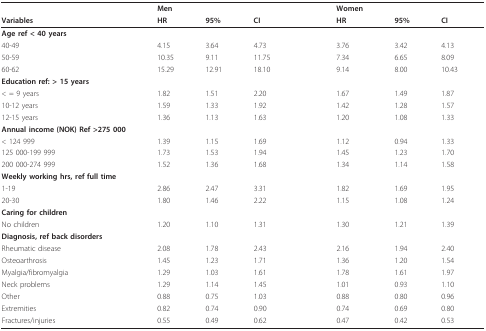
<table><thead><tr><td></td><td><b>Men</b></td><td></td><td></td><td></td><td><b>Women</b></td><td></td><td></td></tr><tr><td><b>Variables</b></td><td><b>HR</b></td><td><b>95%</b></td><td><b>CI</b></td><td></td><td><b>HR</b></td><td><b>95%</b></td><td><b>CI</b></td></tr></thead><tbody><tr><td><b>Age ref &lt; 40 years</b></td><td></td><td></td><td></td><td></td><td></td><td></td><td></td></tr><tr><td>40-49</td><td>4.15</td><td>3.64</td><td>4.73</td><td></td><td>3.76</td><td>3.42</td><td>4.13</td></tr><tr><td>50-59</td><td>10.35</td><td>9.11</td><td>11.75</td><td></td><td>7.34</td><td>6.65</td><td>8.09</td></tr><tr><td>60-62</td><td>15.29</td><td>12.91</td><td>18.10</td><td></td><td>9.14</td><td>8.00</td><td>10.43</td></tr><tr><td><b>Education ref: &gt; 15 years</b></td><td></td><td></td><td></td><td></td><td></td><td></td><td></td></tr><tr><td>&lt; = 9 years</td><td>1.82</td><td>1.51</td><td>2.20</td><td></td><td>1.67</td><td>1.49</td><td>1.87</td></tr><tr><td>10-12 years</td><td>1.59</td><td>1.33</td><td>1.92</td><td></td><td>1.42</td><td>1.28</td><td>1.57</td></tr><tr><td>12-15 years</td><td>1.36</td><td>1.13</td><td>1.63</td><td></td><td>1.20</td><td>1.08</td><td>1.33</td></tr><tr><td><b>Annual income (NOK) Ref &gt;275 000</b></td><td></td><td></td><td></td><td></td><td></td><td></td><td></td></tr><tr><td>&lt; 124 999</td><td>1.39</td><td>1.15</td><td>1.69</td><td></td><td>1.12</td><td>0.94</td><td>1.33</td></tr><tr><td>125 000-199 999</td><td>1.73</td><td>1.53</td><td>1.94</td><td></td><td>1.45</td><td>1.23</td><td>1.70</td></tr><tr><td>200 000-274 999</td><td>1.52</td><td>1.36</td><td>1.68</td><td></td><td>1.34</td><td>1.14</td><td>1.58</td></tr><tr><td><b>Weekly working hrs, ref full time</b></td><td></td><td></td><td></td><td></td><td></td><td></td><td></td></tr><tr><td>1-19</td><td>2.86</td><td>2.47</td><td>3.31</td><td></td><td>1.82</td><td>1.69</td><td>1.95</td></tr><tr><td>20-30</td><td>1.80</td><td>1.46</td><td>2.22</td><td></td><td>1.15</td><td>1.08</td><td>1.24</td></tr><tr><td><b>Caring for children</b></td><td></td><td></td><td></td><td></td><td></td><td></td><td></td></tr><tr><td>No children</td><td>1.20</td><td>1.10</td><td>1.31</td><td></td><td>1.30</td><td>1.21</td><td>1.39</td></tr><tr><td><b>Diagnosis, ref back disorders</b></td><td></td><td></td><td></td><td></td><td></td><td></td><td></td></tr><tr><td>Rheumatic disease</td><td>2.08</td><td>1.78</td><td>2.43</td><td></td><td>2.16</td><td>1.94</td><td>2.40</td></tr><tr><td>Osteoarthrosis</td><td>1.45</td><td>1.23</td><td>1.71</td><td></td><td>1.36</td><td>1.20</td><td>1.54</td></tr><tr><td>Myalgia/fibromyalgia</td><td>1.29</td><td>1.03</td><td>1.61</td><td></td><td>1.78</td><td>1.61</td><td>1.97</td></tr><tr><td>Neck problems</td><td>1.29</td><td>1.14</td><td>1.45</td><td></td><td>1.01</td><td>0.93</td><td>1.10</td></tr><tr><td>Other</td><td>0.88</td><td>0.75</td><td>1.03</td><td></td><td>0.88</td><td>0.80</td><td>0.96</td></tr><tr><td>Extremities</td><td>0.82</td><td>0.74</td><td>0.90</td><td></td><td>0.74</td><td>0.69</td><td>0.80</td></tr><tr><td>Fractures/injuries</td><td>0.55</td><td>0.49</td><td>0.62</td><td></td><td>0.47</td><td>0.42</td><td>0.53</td></tr></tbody></table>